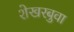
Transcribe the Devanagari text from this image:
शेखरबुवा